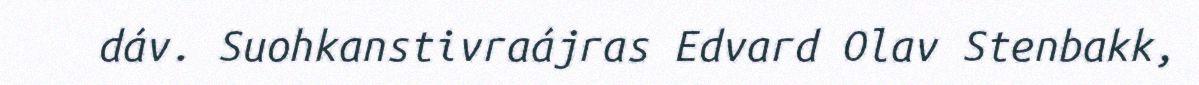
dáv. Suohkanstivraájras Edvard Olav Stenbakk,